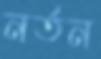
নর্তন